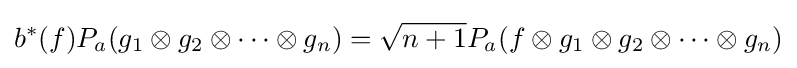
b^{*}(f)P_{a}(g_{1}\otimes g_{2}\otimes \cdots \otimes g_{n})={\sqrt {n+1}}P_{a}(f\otimes g_{1}\otimes g_{2}\otimes \cdots \otimes g_{n})